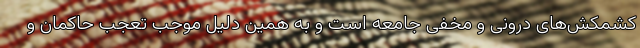
کشمکش‌های درونی و مخفی جامعه است و به همین دلیل موجب تعجب حاکمان و